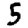
Digit: 5